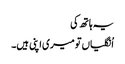
یہ ہاتھ کی
اُنگلیاں تو میری اپنی ہیں۔